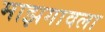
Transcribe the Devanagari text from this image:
माझगावला